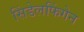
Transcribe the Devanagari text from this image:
सिंडेलफिंगेन